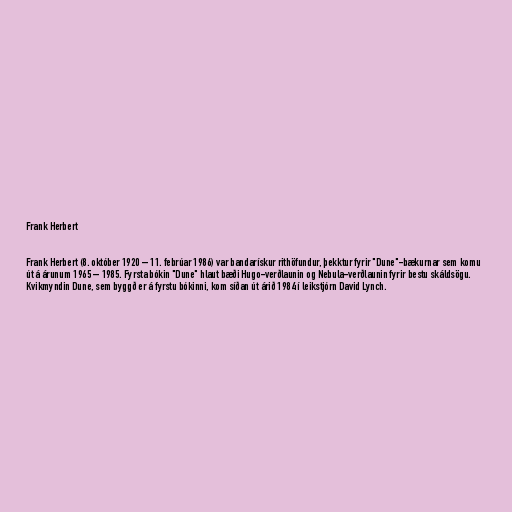
Frank Herbert

Frank Herbert (8. október 1920 – 11. febrúar 1986) var bandarískur rithöfundur, þekktur fyrir "Dune"-bækurnar sem komu
út á árunum 1965 – 1985. Fyrsta bókin "Dune" hlaut bæði Hugo-verðlaunin og Nebula-verðlaunin fyrir bestu skáldsögu.
Kvikmyndin Dune, sem byggð er á fyrstu bókinni, kom síðan út árið 1984 í leikstjórn David Lynch.